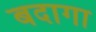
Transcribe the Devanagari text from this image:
बदागा